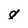
Character: 8